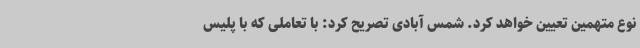
نوع متهمین تعیین خواهد کرد. شمس آبادی تصریح کرد: با تعاملی که با پلیس